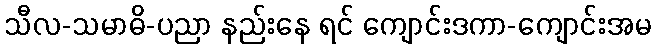
သီလ-သမာဓိ-ပညာ နည်းနေ ရင် ကျောင်းဒကာ-ကျောင်းအမ